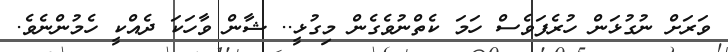
ވަރަށް ނުގުޅަން ހުރެފަވެސް ހަމަ ކެތްނުވެގެން މިގުޅީ.. ޝާން ވާހަކަ ދެއްކީ ހެމުންނެވެ.